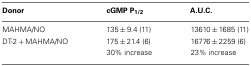
<table><thead><tr><td><b>Donor</b></td><td><b>cGMP P<sub>1/2</sub></b></td><td><b>A.U.C.</b></td></tr></thead><tbody><tr><td>MAHMA/NO</td><td>135 ± 9.4 (11)</td><td>13610 ± 1685 (11)</td></tr><tr><td>DT-2 + MAHMA/NO</td><td>175 ± 21.4 (6)</td><td>16776 ± 2259 (6)</td></tr><tr><td></td><td>30% increase</td><td>23% increase</td></tr></tbody></table>